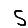
Digit: 5